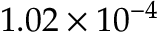
1 . 0 2 \times 1 0 ^ { - 4 }